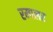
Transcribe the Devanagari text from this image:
रम्पलर